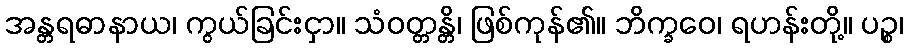
အန္တရဓာနာယ၊ ကွယ်ခြင်းငှာ။ သံဝတ္တန္တိ၊ ဖြစ်ကုန်၏။ ဘိက္ခဝေ၊ ရဟန်းတို့။ ပဉ္စ၊